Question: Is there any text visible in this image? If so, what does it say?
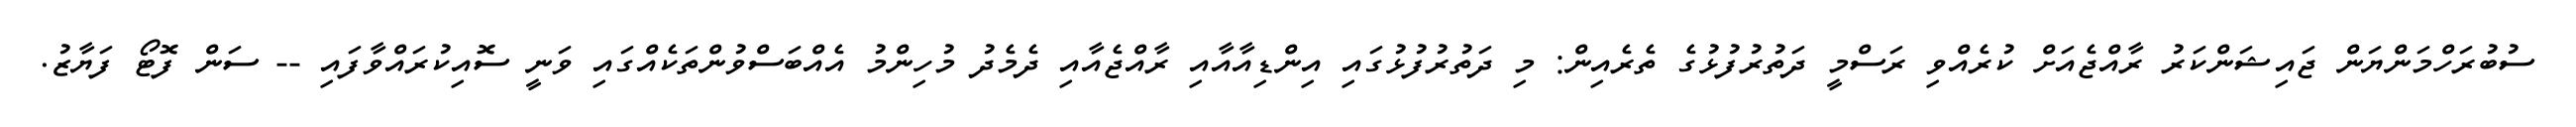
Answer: ސުބުރަހްމަންޔަން ޖައިޝަންކަރު ރާއްޖެއަށް ކުރެއްވި ރަސްމީ ދަތުރުފުޅުގެ ތެރެއިން: މި ދަތުރުފުޅުގައި އިންޑިއާއާއި ރާއްޖެއާއި ދެމެދު މުހިންމު އެއްބަސްވުންތަކެއްގައި ވަނީ ސޮއިކުރައްވާފައި -- ސަން ފޮޓޯ ފަޔާޒު.